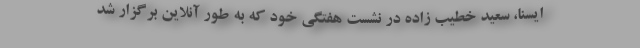
ایسنا، سعید خطیب زاده در نشست هفتگی خود که به طور آنلاین برگزار شد